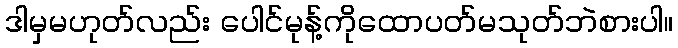
ဒါမှမဟုတ်လည်း ပေါင်မုန့်ကိုထောပတ်မသုတ်ဘဲစားပါ။